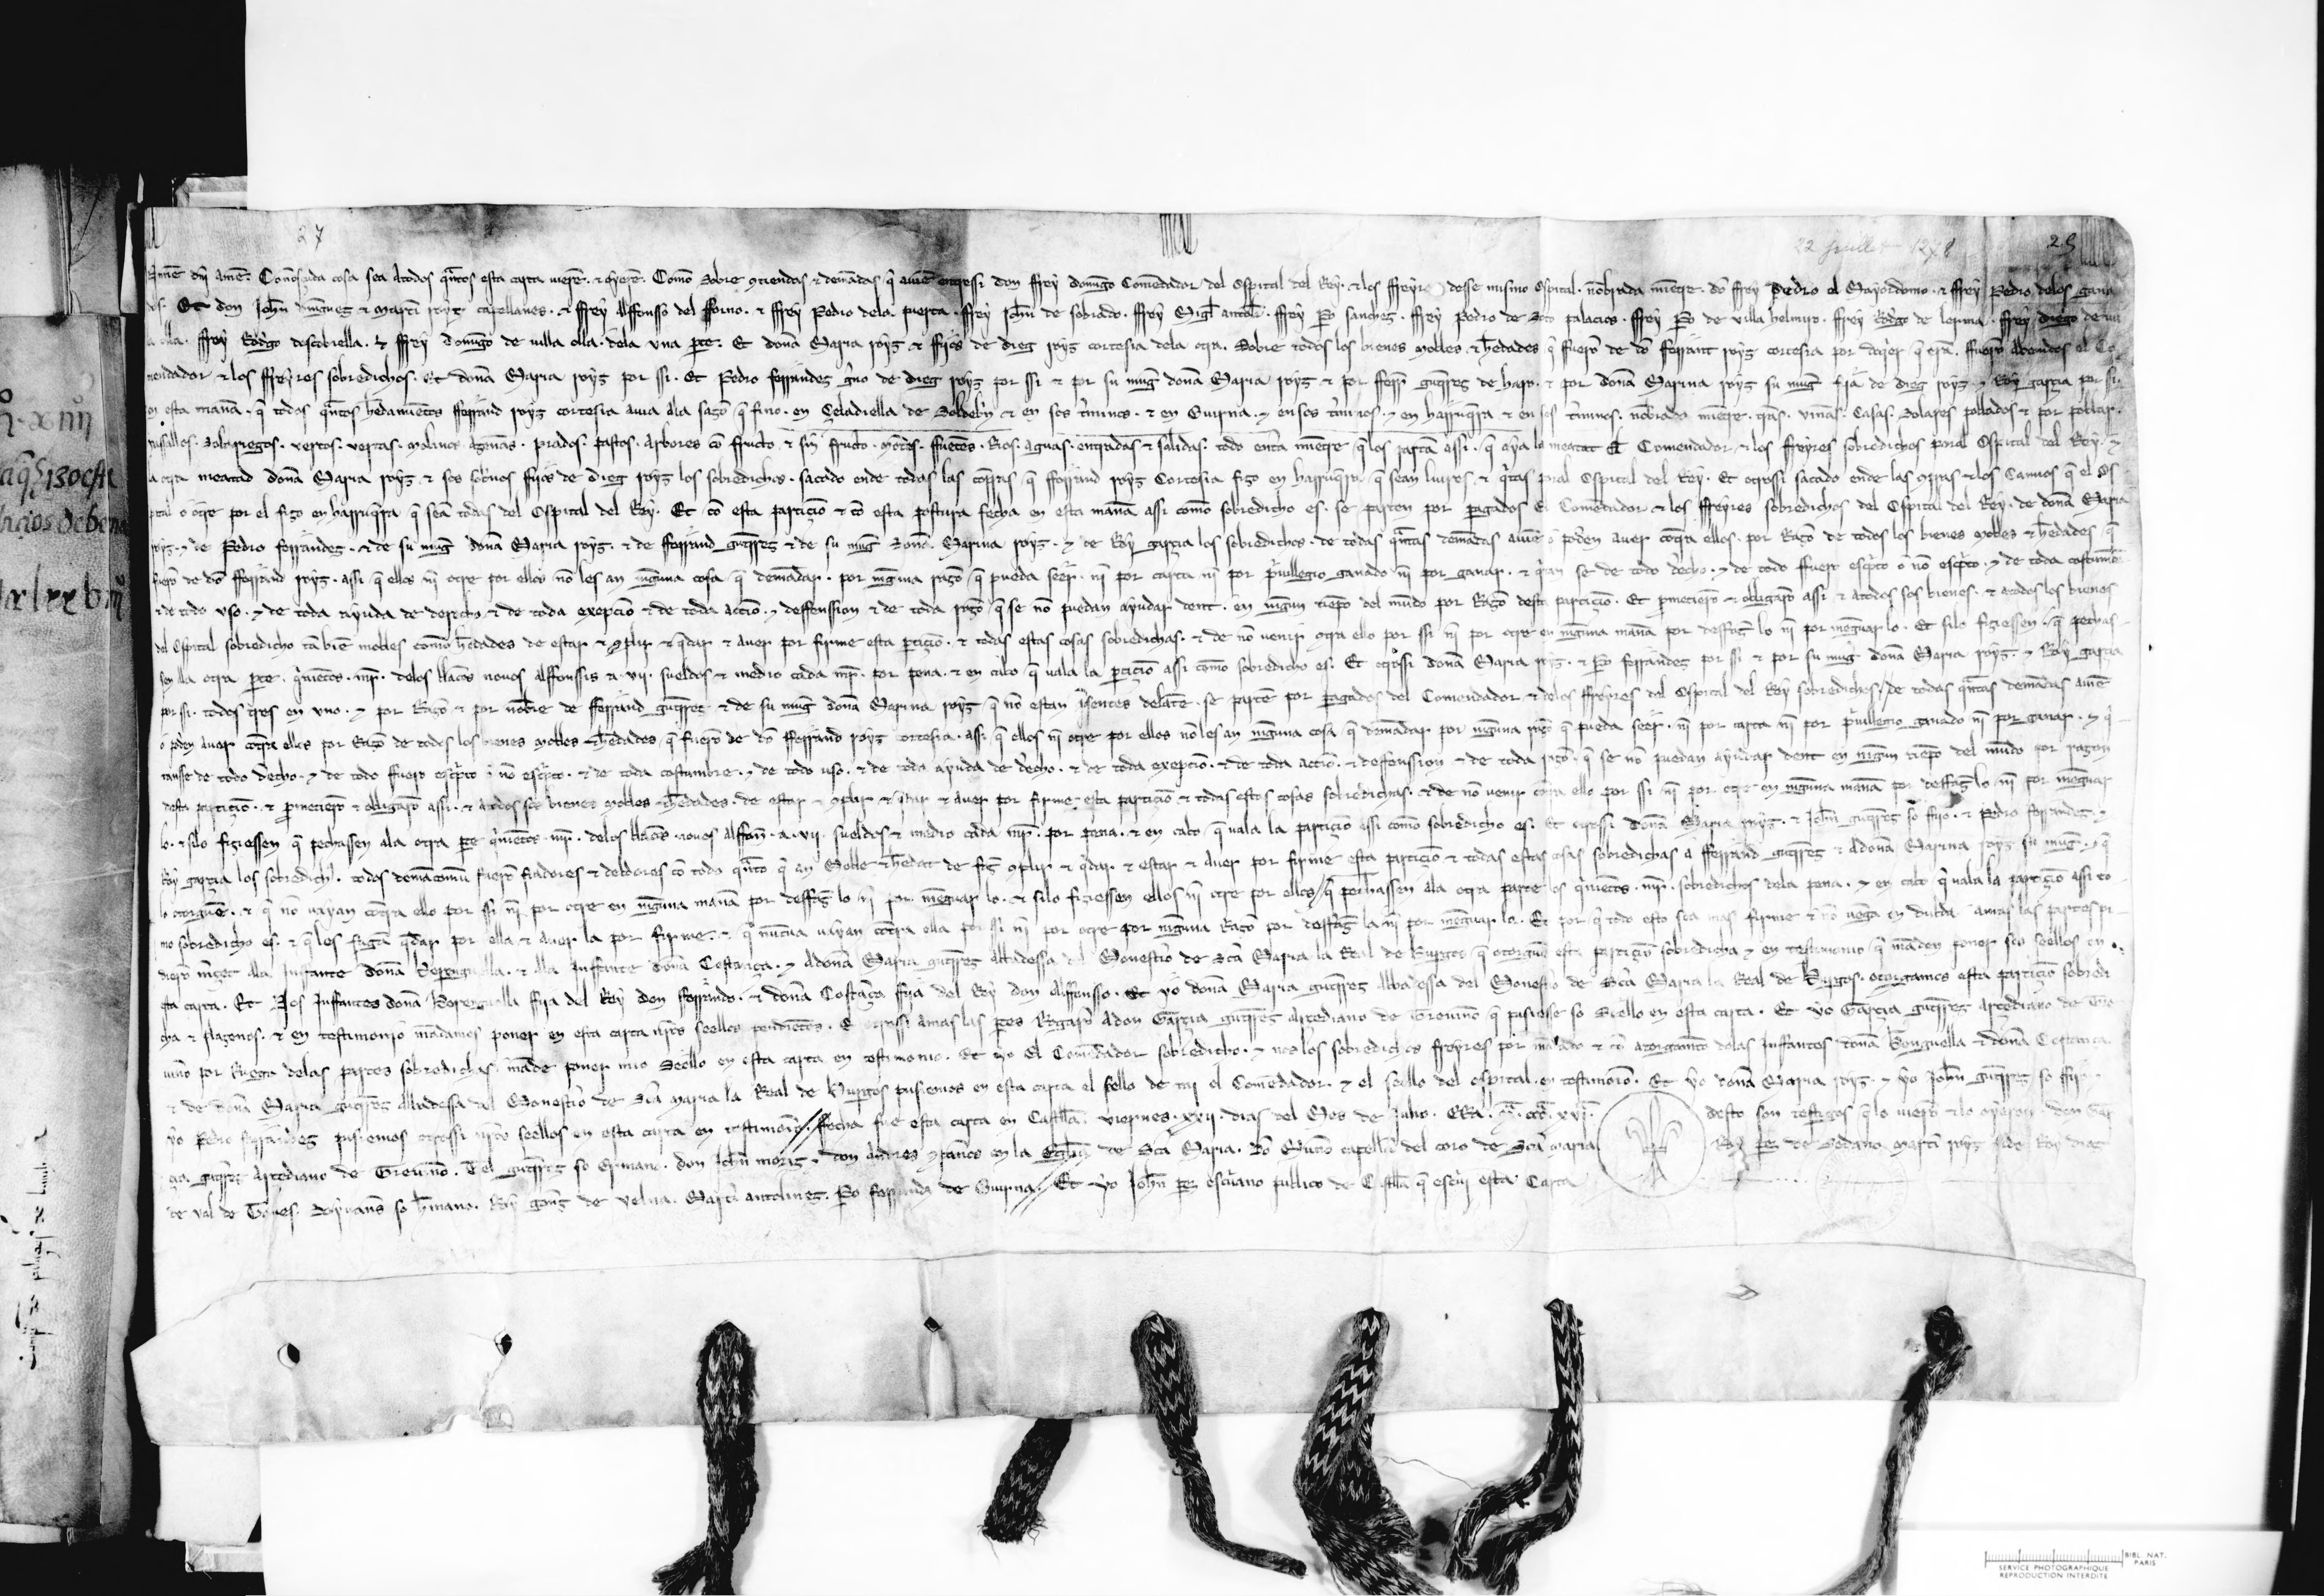
Shelfmark: Paris, BnF, esp. 480
Century: 13